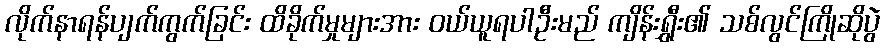
လိုက်နာရန်ပျက်ကွက်ခြင်း ထိခိုက်မှုများအား ဝယ်ယူရပါဦးမည် ကျိန်းရွှီး၏ သစ်လွင်ကြိုဆိုပွဲ